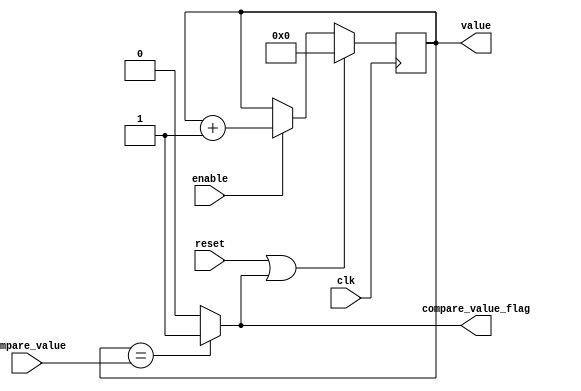
`ifndef _UART_COUNTER_
`define _UART_COUNTER_

module UARTCounter #(parameter OUTPUT_WIDTH = 4)
(   output reg [OUTPUT_WIDTH-1 : 0] value,
    output wire compare_value_flag,
    input wire clk,
    input wire enable,
    input wire reset,
    input wire [OUTPUT_WIDTH-1 : 0] compare_value
);

    reg [OUTPUT_WIDTH-1 : 0] next_value;
    wire reset_w;

    // COMBINATIONAL PART 
    assign compare_value_flag = value == compare_value ? 1 : 0;
    assign reset_w = reset | compare_value_flag;

    always @(value or reset_w or enable) begin
        if(reset_w) next_value = 0;
        else if(enable) next_value = value + 1;
        else next_value = value;
    end

    // SEQUINTIAL PART
    always @(posedge clk) value <= next_value;

endmodule

`endif